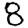
Digit: 8